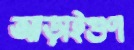
আড়াইগুণ